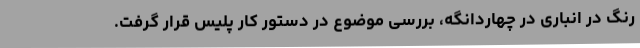
رنگ در انباری در چهاردانگه، بررسی موضوع در دستور کار پلیس قرار گرفت.